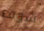
شوف